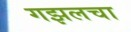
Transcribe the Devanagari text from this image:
गझलचा